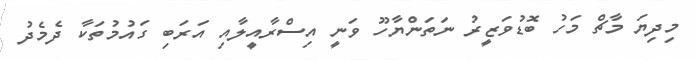
މިދިޔަ މާޗް މަހު ބޮޑުވަޒީރު ނަަތަންޔާހޫ ވަނީ އިސްރާއީލާއި އަރަބި ގައުމުތަކާ ދެމެދު